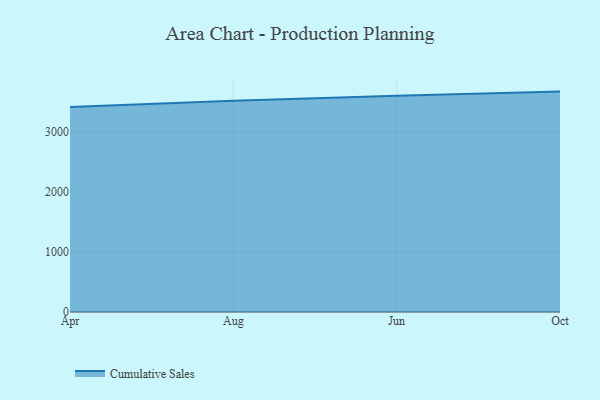
{"axis": {"x": "Month", "y": "Latency (ms)"}, "legend": ["Cumulative Sales"], "data": [{"x": "Apr", "y": 3415.0, "type": "Cumulative Sales"}, {"x": "Aug", "y": 3519.7, "type": "Cumulative Sales"}, {"x": "Jun", "y": 3604.6, "type": "Cumulative Sales"}, {"x": "Oct", "y": 3672.8, "type": "Cumulative Sales"}]}